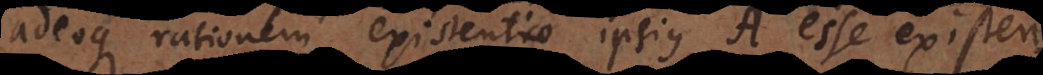
ionem existentiae ipsius A esse existen